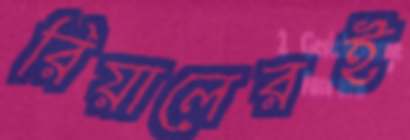
রিয়ালেরই